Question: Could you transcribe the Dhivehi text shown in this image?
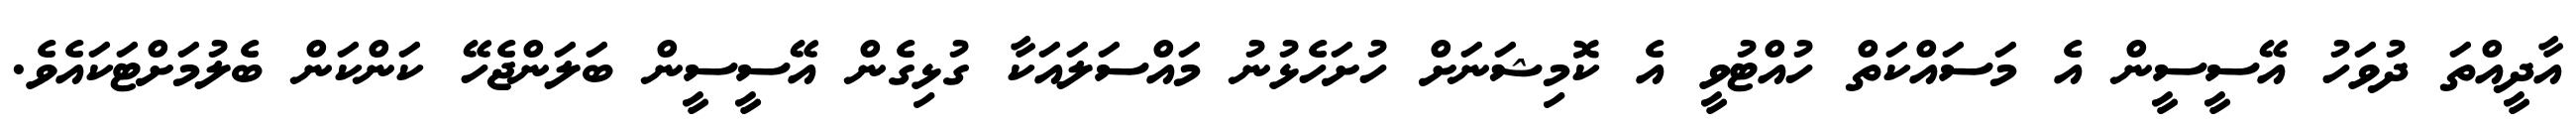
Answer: އާދީއްތަ ދުވަހު އޭސީސީން އެ މަސައްކަތް ހުއްޓުވީ އެ ކޮމިޝަނަށް ހުށަހެޅުނު މައްސަލައަކާ ގުޅިގެން އޭސީސީން ބަލަންޖެހޭ ކަންކަން ބެލުމަށްޓަކައެވެ.